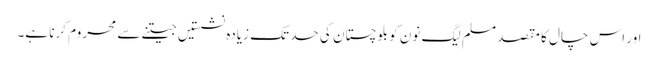
اور اس چال کا مقصد مسلم لیگ نون کو بلوچستان کی حد تک زیادہ نشستیں جیتنے سے محروم کرنا ہے۔